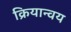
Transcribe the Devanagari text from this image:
क्रियान्वय